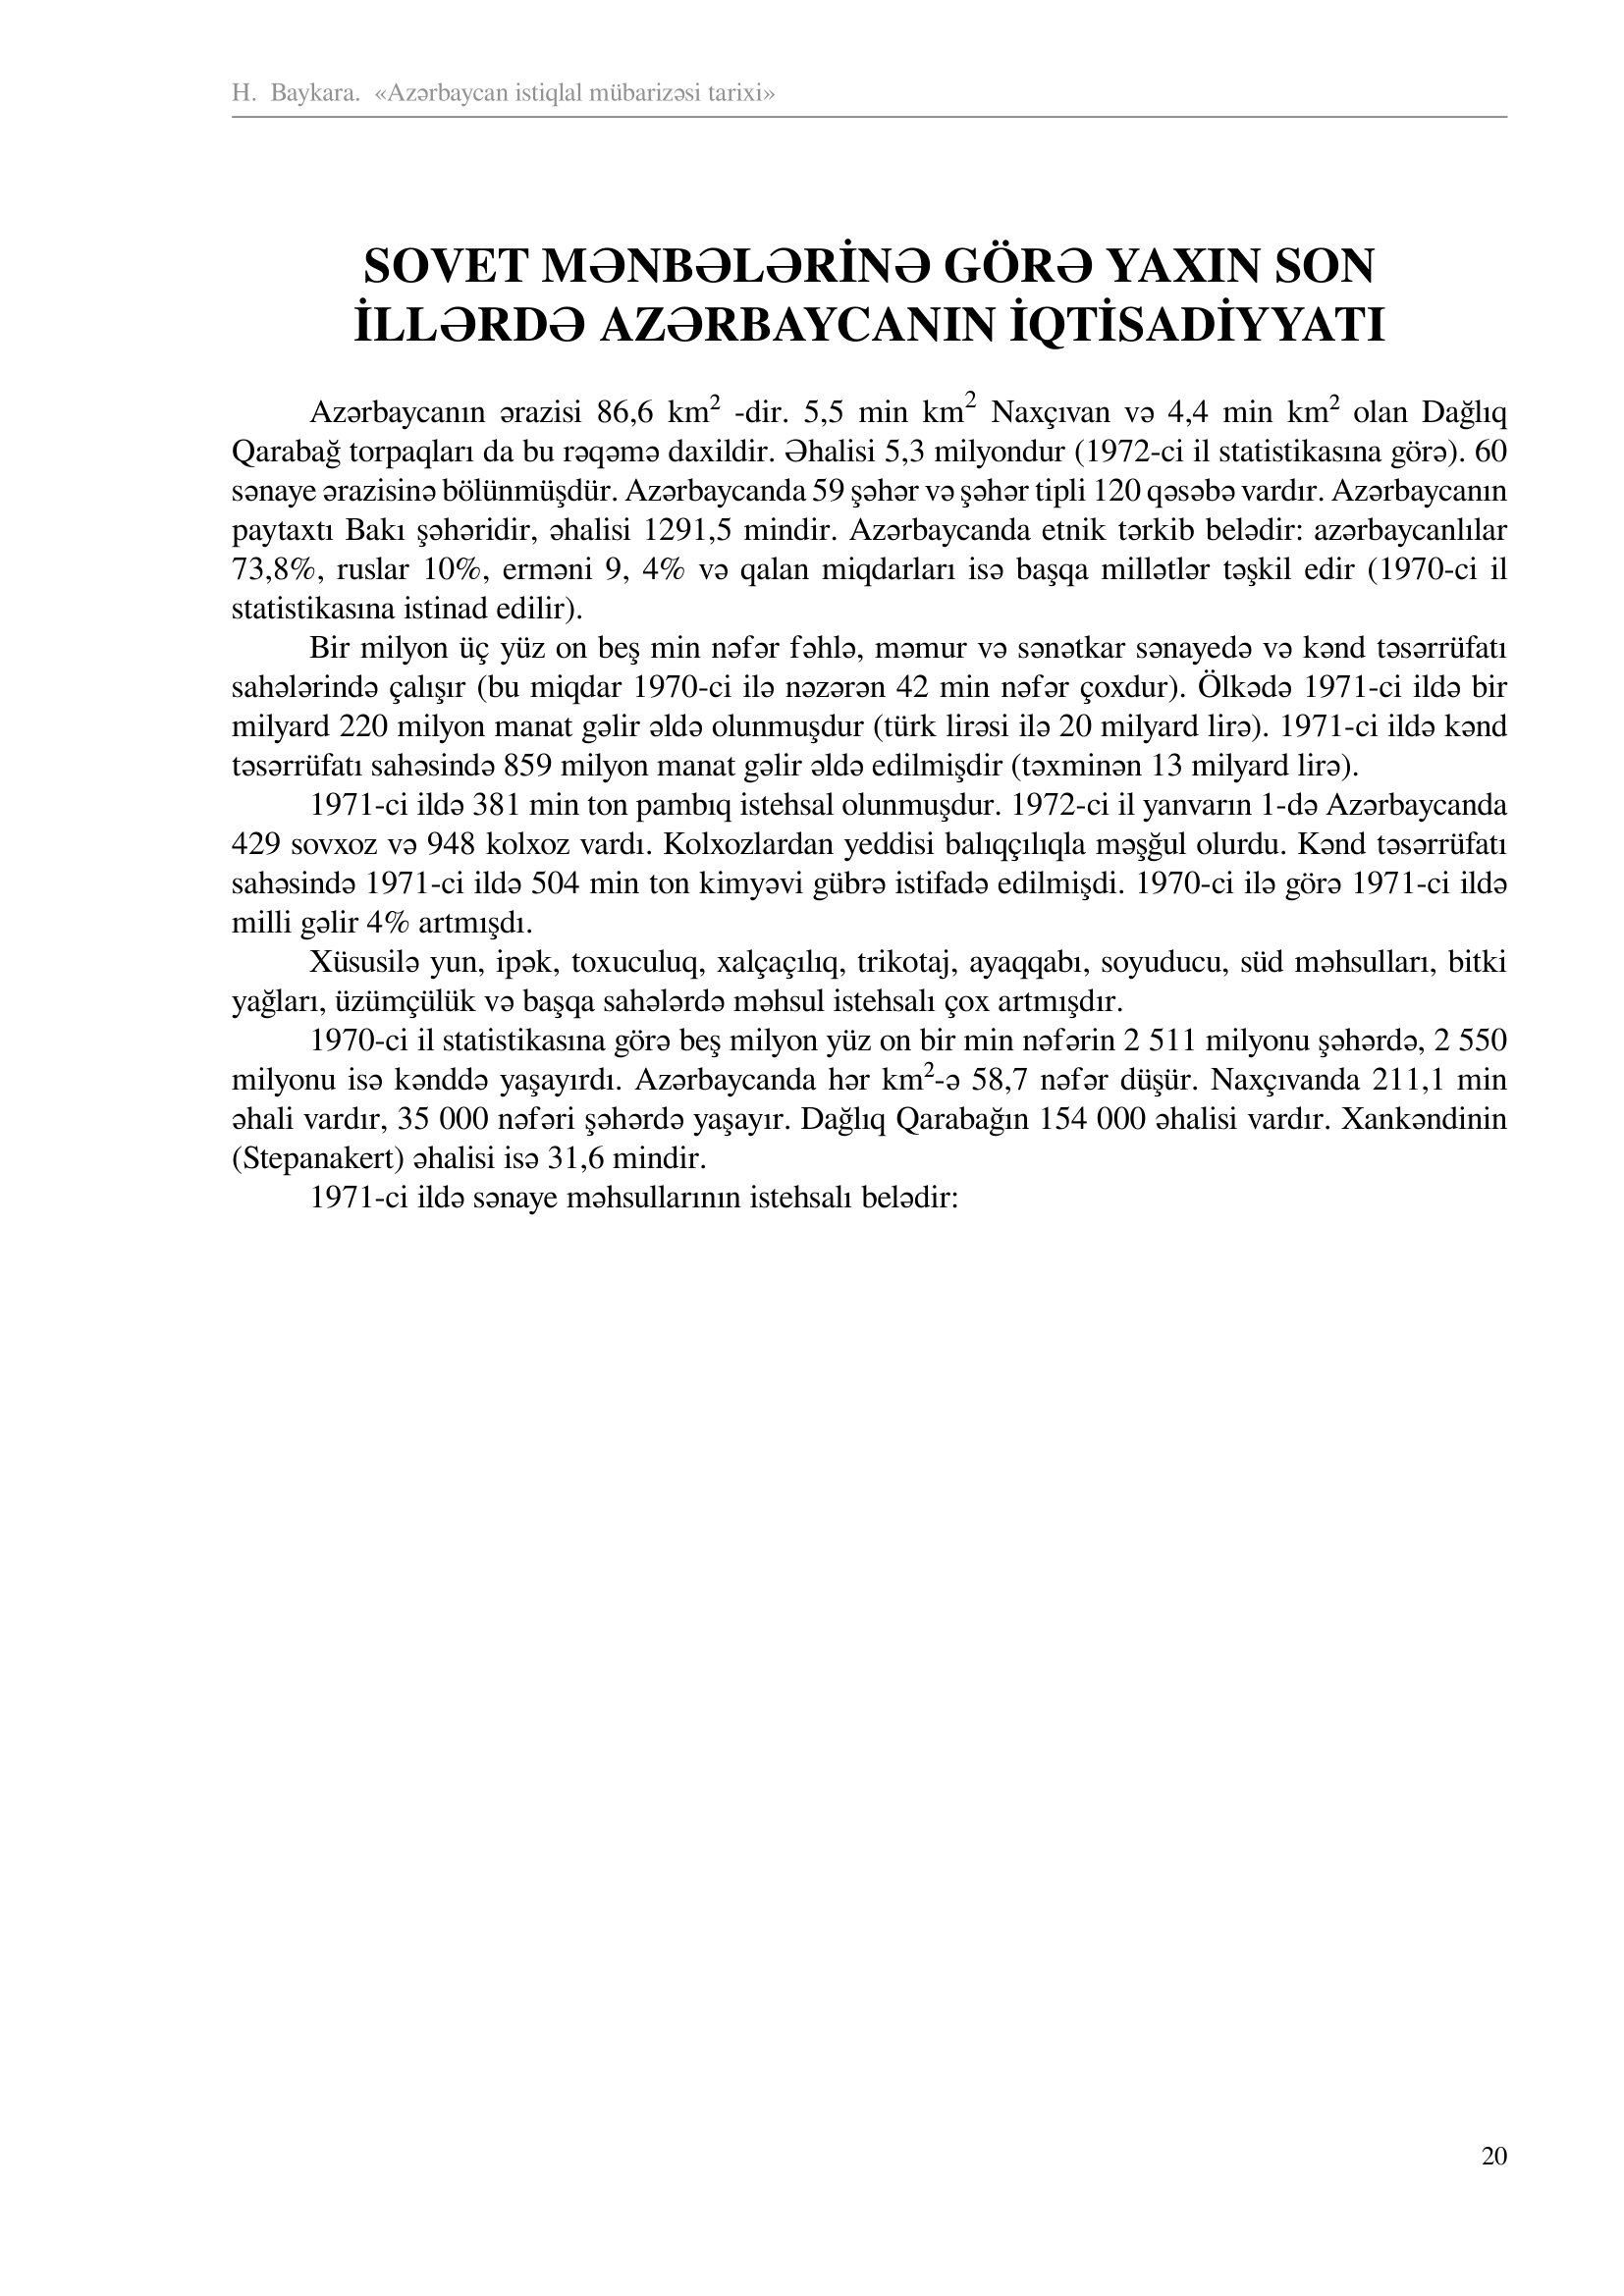
Language: az